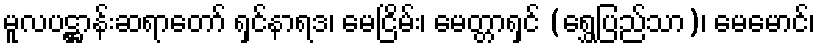
မူလပဋ္ဌာန်းဆရာတော် ရှင်နာရဒ၊ မေငြိမ်း၊ မေတ္တာရှင် (ရွှေပြည်သာ)၊ မေမောင်၊